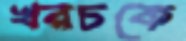
খরচকে